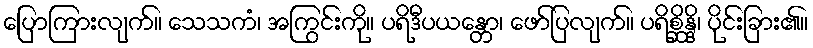
ပြောကြားလျက်။ သေသကံ၊ အကြွင်းကို။ ပရိဒီပယန္တော၊ ဖော်ပြလျက်။ ပရိစ္ဆိန္ဒိ၊ ပိုင်းခြား၏။